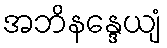
အဘိနန္ဒေယျံ